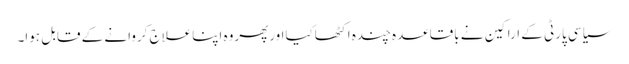
سیاسی پارٹی کے اراکین نے باقاعدہ چندہ اکٹھاکیااورپھروہ اپناعلاج کروانے کے قابل ہوا۔